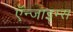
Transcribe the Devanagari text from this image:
ऍन्जाइम्स